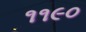
૧૧૯૦